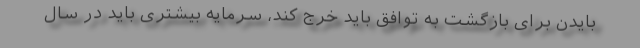
بایدن برای بازگشت به توافق باید خرج کند، سرمایه بیشتری باید در سال